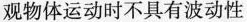
观物体运动时不具有波动性